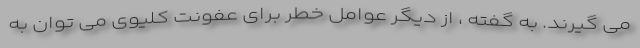
می گیرند. به گفته ، از دیگر عوامل خطر برای عفونت کلیوی می توان به